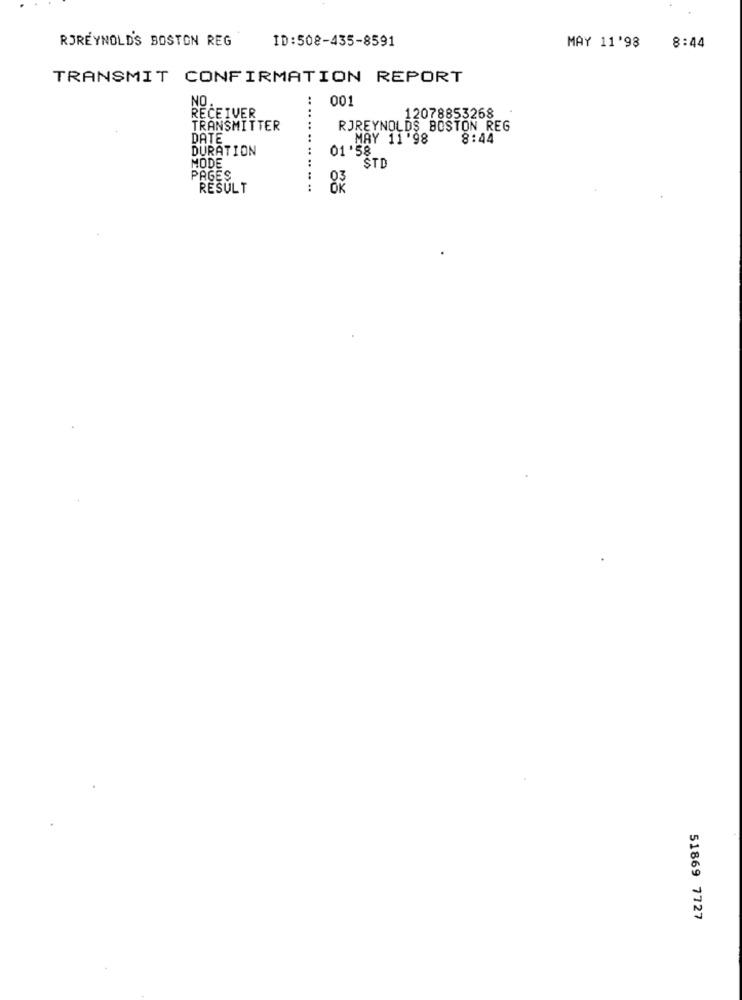
RJREYNOLD'S BOSTON REG
ID:508-435-8591
8:44
MAY 11'98
TRANSMIT CONFIRMATION REPORT
NO
001
RECEIVER
12078853268 .
TRANSMITTER
RJREYNOLDS BOSTON REG
DATE
MAY 11'98
8:44
DURATION
01'58
MODE
STD
PAGES
RESULT
..............
51869 7727